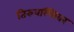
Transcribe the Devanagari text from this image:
तिरुवल्लिवर